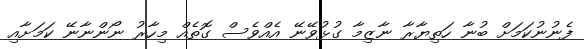
ފެނުނުކަމަށް ބުނާ ހަތިޔާރާ ނާޒިމާ ގުޅުވޭނޭ އެއްވެސް ގޮތެއް މިހާރު ނޯންނާނޭ ކަމަށާއި